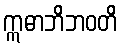
ဣဓာဘိဘဝတိ